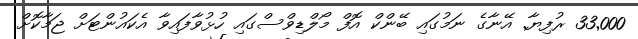
33